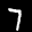
Label: 7